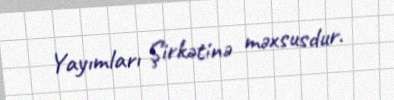
Yayımları Şirkətinə məxsusdur.